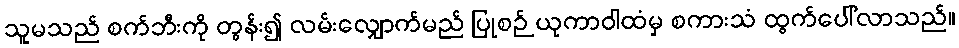
သူမသည် စက်ဘီးကို တွန်း၍ လမ်းလျှောက်မည် ပြုစဉ် ယုကာဝါထံမှ စကားသံ ထွက်ပေါ်လာသည်။